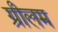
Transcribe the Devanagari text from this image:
ग्रीलम